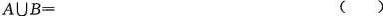
A\cup B= ( )